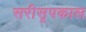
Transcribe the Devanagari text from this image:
सरीसृपकाल